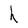
Character: h